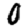
Digit: 0